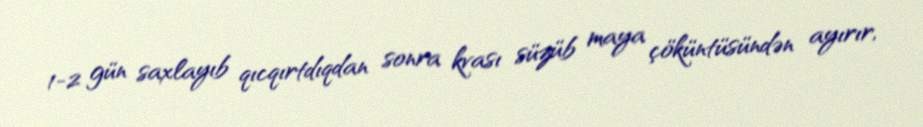
1-2 gün saxlayıb qıcqırtdıqdan sonra kvası süzüb maya çöküntüsündən ayırır,